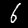
Label: 6